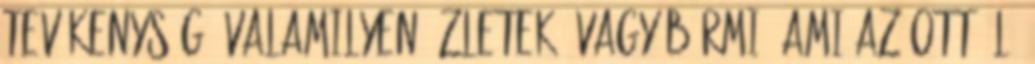
tevékenység, valamilyen üzletek, vagy bármi, ami az ott élő